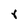
Character: r